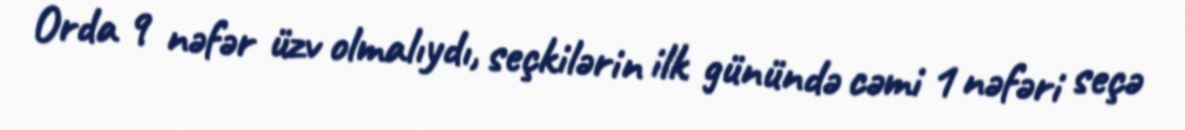
Orda 9 nəfər üzv olmalıydı, seçkilərin ilk günündə cəmi 1 nəfəri seçə